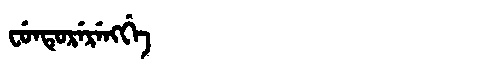
Manchu: ᠸᡠᠨᡨᡠᡵᡝᡵᡝᠩᡤᡝ
Romanization: FUNTURERENGGE